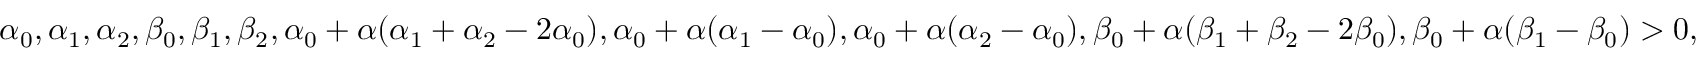
\alpha _ { 0 } , \alpha _ { 1 } , \alpha _ { 2 } , \beta _ { 0 } , \beta _ { 1 } , \beta _ { 2 } , \alpha _ { 0 } + \alpha ( \alpha _ { 1 } + \alpha _ { 2 } - 2 \alpha _ { 0 } ) , \alpha _ { 0 } + \alpha ( \alpha _ { 1 } - \alpha _ { 0 } ) , \alpha _ { 0 } + \alpha ( \alpha _ { 2 } - \alpha _ { 0 } ) , \beta _ { 0 } + \alpha ( \beta _ { 1 } + \beta _ { 2 } - 2 \beta _ { 0 } ) , \beta _ { 0 } + \alpha ( \beta _ { 1 } - \beta _ { 0 } ) > 0 ,